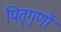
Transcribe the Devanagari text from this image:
पितृगुणों